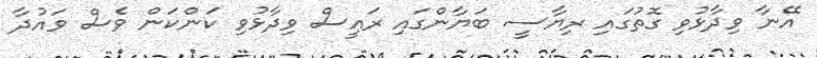
އޭނާ ވިދާޅުވި ގޮތުގައި ރިޔާސީ ބަޔާންގައި ރައީސް ވިދާޅުވި ކަންކަން ވެސް ވައުދާ